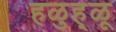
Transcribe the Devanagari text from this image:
हळुह्ळू